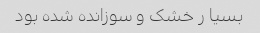
بسیا ر خشک و سوزانده شده بود